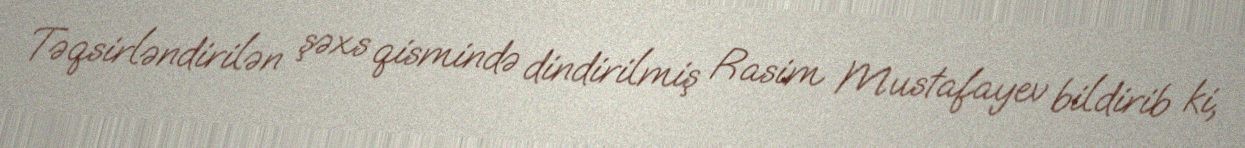
Təqsirləndirilən şəxs qismində dindirilmiş Rasim Mustafayev bildirib ki,